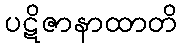
ပဋိဇာနာထာတိ